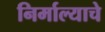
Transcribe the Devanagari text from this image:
निर्माल्याचे